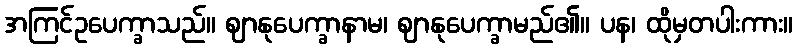
အကြင်ဥပေက္ခာသည်။ ဈာနုပေက္ခာနာမ၊ ဈာနုပေက္ခာမည်၏။ ပန၊ ထိုမှတပါးကား။